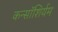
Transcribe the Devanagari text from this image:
कन्सॉशिर्यम